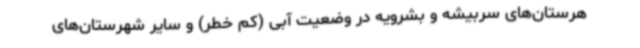
هرستان‌های سربیشه و بشرویه در وضعیت آبی (کم خطر) و سایر شهرستان‌های